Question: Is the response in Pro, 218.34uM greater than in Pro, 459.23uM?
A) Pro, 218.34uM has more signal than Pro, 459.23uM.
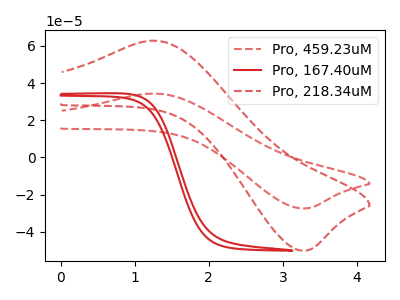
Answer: <think>The red dashed curve "Pro, 459.23uM" has an anodic peak at (1.25V, 34.35uA) and a cathodic peak at (3.25V, -27.50uA). The red curve "Pro, 167.40uM" has no peaks. The red dashed curve "Pro, 218.34uM" has an anodic peak at (1.25V, 62.80uA) and a cathodic peak at (3.25V, -50.25uA).
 All the peaks in "Pro, 218.34uM" have a peak in "Pro, 459.23uM" at the same potential. Every peak in "Pro, 218.34uM" is higher than every peak in "Pro, 459.23uM".</think>
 <answer>A) "Pro, 218.34uM" has more signal than "Pro, 459.23uM".</answer>
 <eval>A</eval>